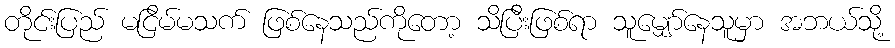
တိုင်းပြည် မငြိမ်မသက် ဖြစ်နေသည်ကိုတော့ သိပြီးဖြစ်ရာ သူမျှော်နေသူမှာ အဘယ်သို့